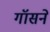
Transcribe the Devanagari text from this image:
गॉसने